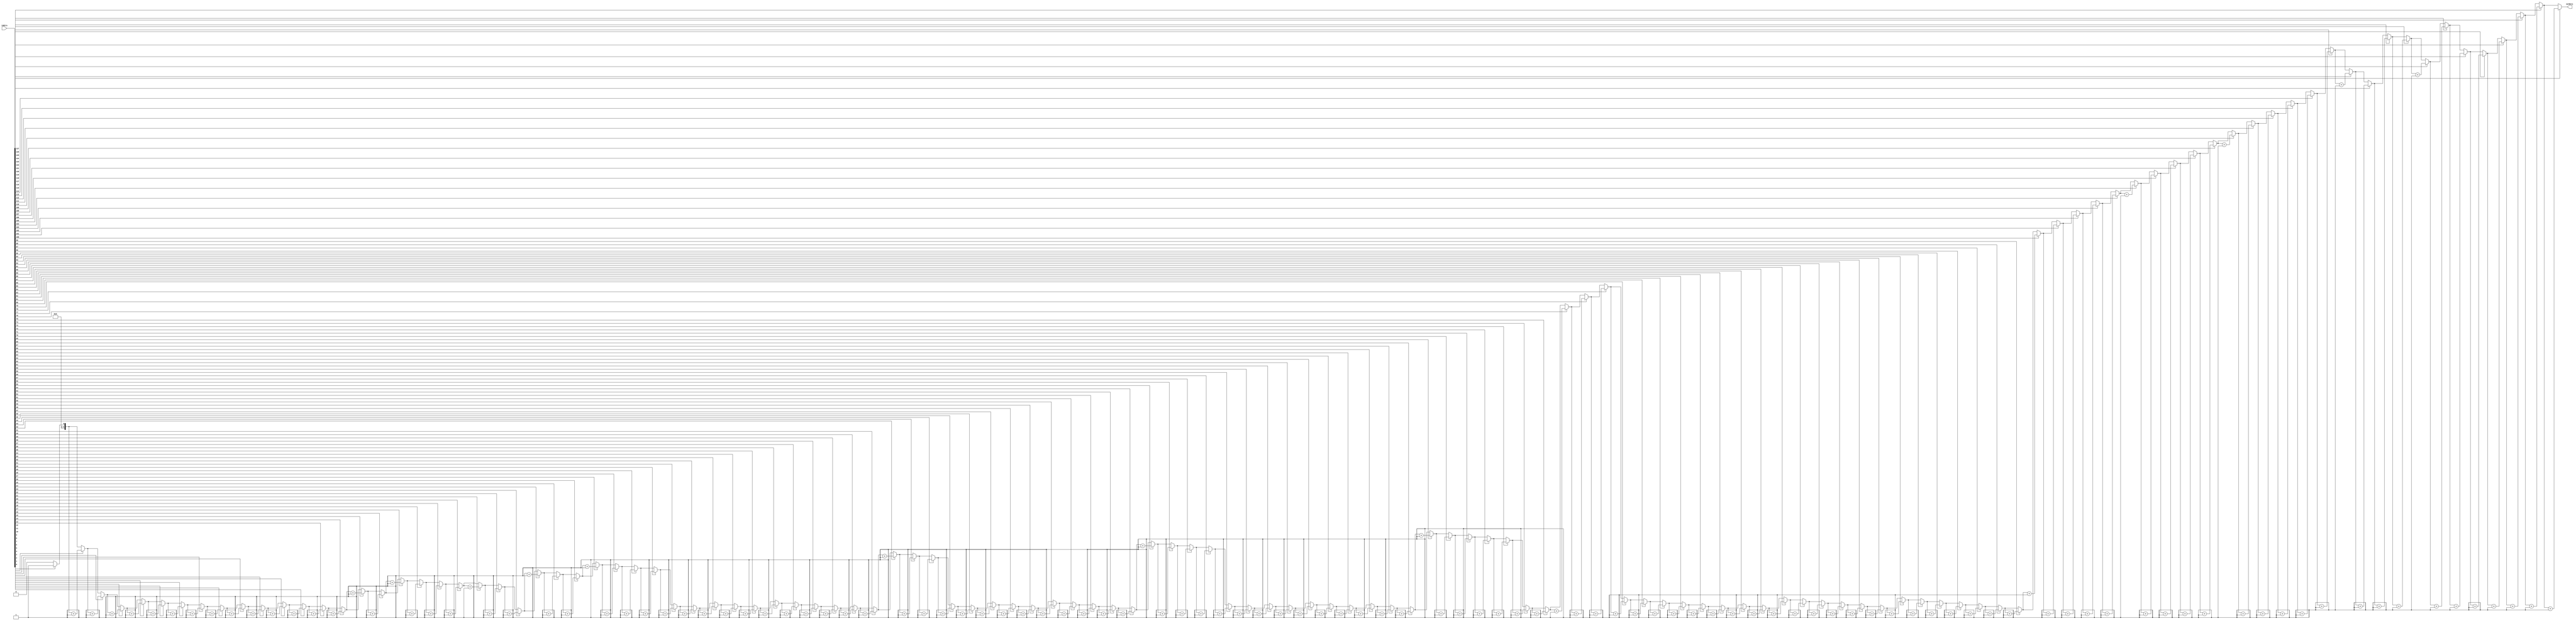
// T. Geissler
// Compile with iverilog -o encoder.vvp encoder.v encoder_tb.v 

module encoder (
    input [127:0] inBits,
    output reg [6:0] outBits
);

integer i;

always @(*) begin
    outBits = 0;
    
    for (i = 0; i < 128; i = i + 1) begin
        if (inBits[i] == 1'b1) begin
            outBits = outBits + 1;
        end
    end

end

endmodule